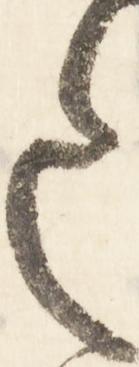
々